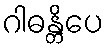
ဂါဓန္တိပေ